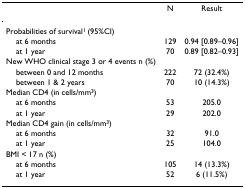
<table><thead><tr><td></td><td><b>N</b></td><td><b>Result</b></td></tr></thead><tbody><tr><td>Probabilities of survival<sup>1 </sup>(95%CI)</td><td></td><td></td></tr><tr><td> at 6 months</td><td>129</td><td>0.94 [0.89–0.96]</td></tr><tr><td> at 1 year</td><td>70</td><td>0.89 [0.82–0.93]</td></tr><tr><td>New WHO clinical stage 3 or 4 events n (%)</td><td></td><td></td></tr><tr><td> between 0 and 12 months</td><td>222</td><td>72 (32.4%)</td></tr><tr><td> between 1 &amp; 2 years</td><td>70</td><td>10 (14.3%)</td></tr><tr><td>Median CD4 (in cells/mm<sup>3</sup>)</td><td></td><td></td></tr><tr><td> at 6 months</td><td>53</td><td>205.0</td></tr><tr><td> at 1 year</td><td>29</td><td>202.0</td></tr><tr><td>Median CD4 gain (in cells/mm<sup>3</sup>)</td><td></td><td></td></tr><tr><td> at 6 months</td><td>32</td><td>91.0</td></tr><tr><td> at 1 year</td><td>25</td><td>104.0</td></tr><tr><td>BMI &lt; 17 n (%)</td><td></td><td></td></tr><tr><td> at 6 months</td><td>105</td><td>14 (13.3%)</td></tr><tr><td> at 1 year</td><td>52</td><td>6 (11.5%)</td></tr></tbody></table>